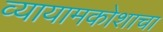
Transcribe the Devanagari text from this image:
व्यायामकोशाचा